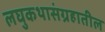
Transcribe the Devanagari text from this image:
लघुकथासंग्रहातील